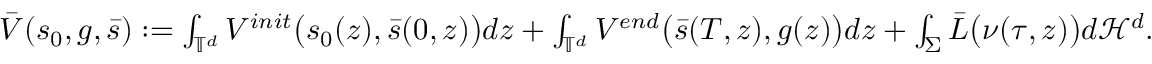
\begin{array} { r } { \bar { V } ( s _ { 0 } , g , \bar { s } ) : = \int _ { \mathbb { T } ^ { d } } V ^ { i n i t } \big ( { s } _ { 0 } ( z ) , \bar { s } ( 0 , z ) \big ) d z + \int _ { \mathbb { T } ^ { d } } V ^ { e n d } \big ( \bar { s } ( T , z ) , g ( z ) \big ) d z + \int _ { \Sigma } \bar { L } \big ( \nu ( \tau , z ) \big ) d \mathcal { H } ^ { d } . } \end{array}